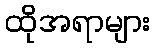
ထိုအရာများ